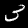
Label: 3